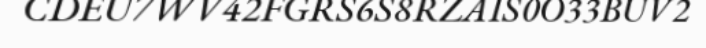
CDEU7WV42FGRS6S8RZAIS0O33BUV2